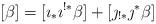
LaTeX: \begin{align*} [\beta] = [\imath_*\imath^{!*}\beta] + [ \jmath_{!*}\jmath^*\beta] \end{align*}